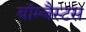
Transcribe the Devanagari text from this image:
बॉम्बैस्टस